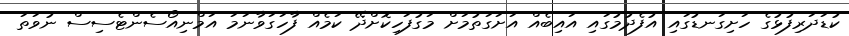
ކުޑަދަރިފުޅުގެ ހަށިގަނޑުގައި އުފެދުމުގައި އައިބެއް އަށަގަތުމަށް މަގުފަހިކޮށްދޭ ކަމެއް ފާހަގަވާނަމަ އަމްނިއޯސެންޓެސިސް ނުވަތަ